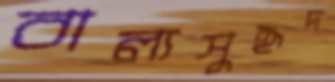
বাল্যসুহৃদ